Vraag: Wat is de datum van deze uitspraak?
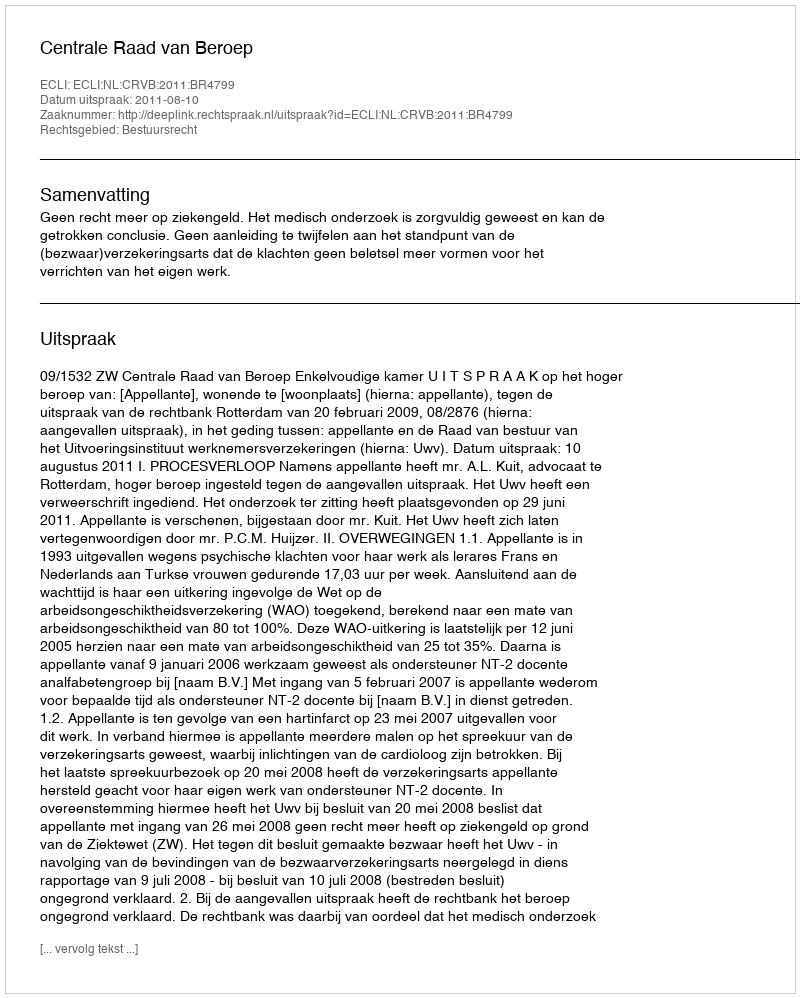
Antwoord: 2011-08-10